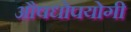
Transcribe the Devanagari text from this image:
औषधोपयोगी